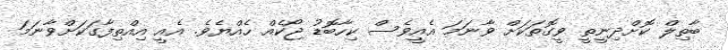
ބާތިލް ކޮށްދިނީތީ ވީގޮތަކަށް ވާނަމަ އެއީވެސް ކިހާބޮޑު ޖޯކެއް ހެއްޔެވެ. އެއީ އިއްތިފާގަކަށްވާނަމަ